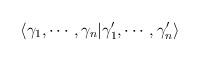
LaTeX: \begin{align*}\langle \gamma_1, \cdots, \gamma_n | \gamma'_1, \cdots,\gamma'_n\rangle\end{align*}